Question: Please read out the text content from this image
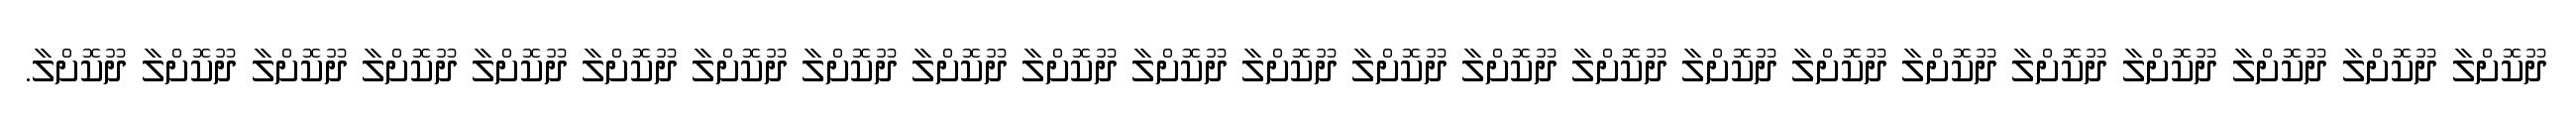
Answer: ދޫކޮށްލާ ދޫކޮށްލާ ދޫކޮށްލާ ދޫކޮށްލާ ދޫކޮށްލާ ދޫކޮށްލާ ދޫކޮށްލާ ދޫކޮށްލާ ދޫކޮށްލާ ދޫކޮށްލާ ދޫކޮށްލާ ދޫކޮށްލާ ދޫކޮށްލާ ދޫކޮށްލާ ދޫކޮށްލާ ދޫކޮށްލާ ދޫކޮށްލާ ދޫކޮށްލާ ދޫކޮށްލާ ދޫކޮށްލާ ދޫކޮށްލާ ދޫކޮށްލާ ދޫކޮށްލާ.